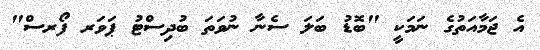
އެ ޖަމާއަތުގެ ނަމަކީ "ބޮޑު ބަލަ ސެނާ ނުވަތަ ބުދިސްޓު ޕަވަރ ފޯރސް"